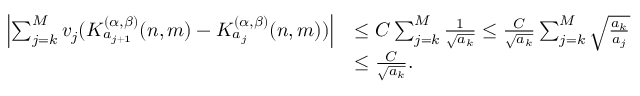
\begin{array} { r l } { \left| \sum _ { j = k } ^ { M } v _ { j } ( K _ { a _ { j + 1 } } ^ { ( \alpha , \beta ) } ( n , m ) - K _ { a _ { j } } ^ { ( \alpha , \beta ) } ( n , m ) ) \right| } & { \le C \sum _ { j = k } ^ { M } \frac { 1 } { \sqrt { { a _ { k } } } } \le \frac { C } { \sqrt { { a _ { k } } } } \sum _ { j = k } ^ { M } \sqrt { \frac { a _ { k } } { { { a _ { j } } } } } } \\ & { \le \frac { C } { \sqrt { { a _ { k } } } } . } \end{array}